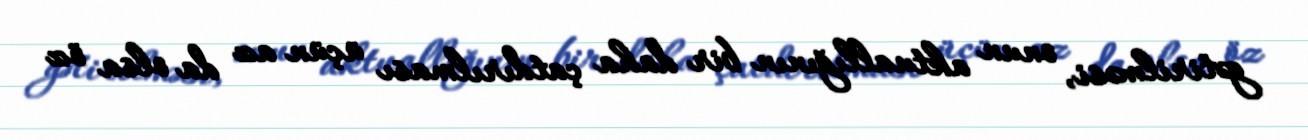
gətirilməsi, onun aktuallığının bir daha çatdırılması üçün az da olsa öz